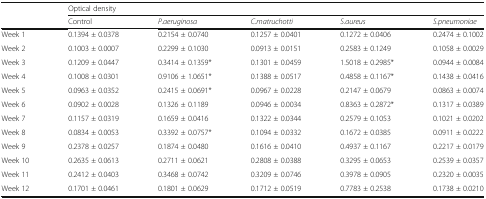
<table><thead><tr><td rowspan="2"></td><td colspan="5"><b>Optical density</b></td></tr><tr><td><b>Control</b></td><td><b><i>P.aeruginosa</i></b></td><td><b><i>C.matruchotti</i></b></td><td><b><i>S.aureus</i></b></td><td><b><i>S.pneumoniae</i></b></td></tr></thead><tbody><tr><td>Week 1</td><td>0.1394 ± 0.0378</td><td>0.2154 ± 0.0740</td><td>0.1257 ± 0.0401</td><td>0.1272 ± 0.0406</td><td>0.2474 ± 0.1002</td></tr><tr><td>Week 2</td><td>0.1003 ± 0.0007</td><td>0.2299 ± 0.1030</td><td>0.0913 ± 0.0151</td><td>0.2583 ± 0.1249</td><td>0.1058 ± 0.0029</td></tr><tr><td>Week 3</td><td>0.1209 ± 0.0447</td><td>0.3414 ± 0.1359*</td><td>0.1301 ± 0.0459</td><td>1.5018 ± 0.2985*</td><td>0.0944 ± 0.0084</td></tr><tr><td>Week 4</td><td>0.1008 ± 0.0301</td><td>0.9106 ± 1.0651*</td><td>0.1388 ± 0.0517</td><td>0.4858 ± 0.1167*</td><td>0.1438 ± 0.0416</td></tr><tr><td>Week 5</td><td>0.0963 ± 0.0352</td><td>0.2415 ± 0.0691*</td><td>0.0967 ± 0.0228</td><td>0.2147 ± 0.0679</td><td>0.0863 ± 0.0074</td></tr><tr><td>Week 6</td><td>0.0902 ± 0.0028</td><td>0.1326 ± 0.1189</td><td>0.0946 ± 0.0034</td><td>0.8363 ± 0.2872*</td><td>0.1317 ± 0.0389</td></tr><tr><td>Week 7</td><td>0.1157 ± 0.0319</td><td>0.1659 ± 0.0416</td><td>0.1322 ± 0.0344</td><td>0.2579 ± 0.1053</td><td>0.1021 ± 0.0202</td></tr><tr><td>Week 8</td><td>0.0834 ± 0.0053</td><td>0.3392 ± 0.0757*</td><td>0.1094 ± 0.0332</td><td>0.1672 ± 0.0385</td><td>0.0911 ± 0.0222</td></tr><tr><td>Week 9</td><td>0.2378 ± 0.0257</td><td>0.1874 ± 0.0480</td><td>0.1616 ± 0.0410</td><td>0.4937 ± 0.1167</td><td>0.2217 ± 0.0179</td></tr><tr><td>Week 10</td><td>0.2635 ± 0.0613</td><td>0.2711 ± 0.0621</td><td>0.2808 ± 0.0388</td><td>0.3295 ± 0.0653</td><td>0.2539 ± 0.0357</td></tr><tr><td>Week 11</td><td>0.2412 ± 0.0403</td><td>0.3468 ± 0.0742</td><td>0.3209 ± 0.0746</td><td>0.3978 ± 0.0905</td><td>0.2320 ± 0.0035</td></tr><tr><td>Week 12</td><td>0.1701 ± 0.0461</td><td>0.1801 ± 0.0629</td><td>0.1712 ± 0.0519</td><td>0.7783 ± 0.2538</td><td>0.1738 ± 0.0210</td></tr></tbody></table>